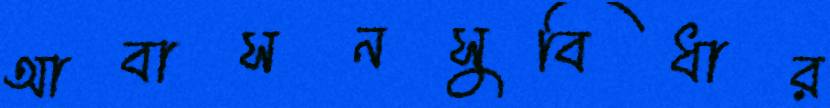
আবাসনসুবিধার